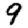
Digit: 9